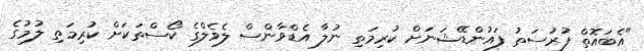
"އެބައޮތް ފުރުސަތު ފައުންޑޭޝަނަށް ކުރިމަތި ނުލާ އެޑްވާންސް ލެވެލްގެ ކޯސްތަކަށް ކުރިމަތި ލުމުގެ